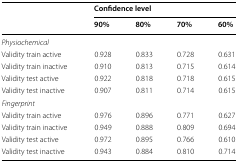
<table><thead><tr><td></td><td colspan="4"><b>Confidence level</b></td></tr><tr><td></td><td><b>90%</b></td><td><b>80%</b></td><td><b>70%</b></td><td><b>60%</b></td></tr></thead><tbody><tr><td><i>Physiochemical</i></td><td></td><td></td><td></td><td></td></tr><tr><td>Validity train active</td><td>0.928</td><td>0.833</td><td>0.728</td><td>0.631</td></tr><tr><td>Validity train inactive</td><td>0.910</td><td>0.813</td><td>0.715</td><td>0.614</td></tr><tr><td>Validity test active</td><td>0.922</td><td>0.818</td><td>0.718</td><td>0.615</td></tr><tr><td>Validity test inactive</td><td>0.907</td><td>0.811</td><td>0.714</td><td>0.615</td></tr><tr><td><i>Fingerprint</i></td><td></td><td></td><td></td><td></td></tr><tr><td>Validity train active</td><td>0.976</td><td>0.896</td><td>0.771</td><td>0.627</td></tr><tr><td>Validity train inactive</td><td>0.949</td><td>0.888</td><td>0.809</td><td>0.694</td></tr><tr><td>Validity test active</td><td>0.972</td><td>0.895</td><td>0.766</td><td>0.610</td></tr><tr><td>Validity test inactive</td><td>0.943</td><td>0.884</td><td>0.810</td><td>0.714</td></tr></tbody></table>